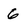
Character: 6